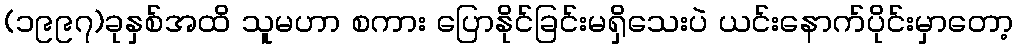
(၁၉၉၇)ခုနှစ်အထိ သူမဟာ စကား ပြောနိုင်ခြင်းမရှိသေးပဲ ယင်းနောက်ပိုင်းမှာတော့